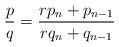
LaTeX: \begin{align*}\frac pq = \frac{r p_n + p_{n - 1}}{r q_n + q_{n - 1}}\end{align*}